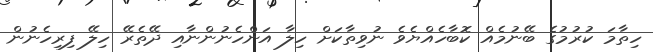
ހިތާމަ ކުރުމުގެ ބޭނުމެއް ކޮބާހެއްޔެވެ ނުވިތާކަށް ހިލާ އަންހެނުންނާއި ދޭތެރޭ ހިލޭ ފިރިހެނުން